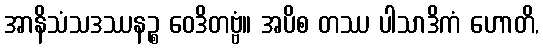
အာနိသံသဒဿနဉ္စ ဝေဒိတဗ္ဗံ။ အပိစ တဿ ပါသာဒိကံ ဟောတိ,